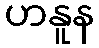
ဟနူန